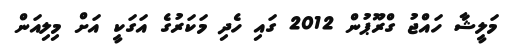
މަލީޝާ ހައްޖު ގްރޫޕުން 2012 ގައި ހެދި މަކަރުގެ އަގަކީ އަށް މިލިއަން